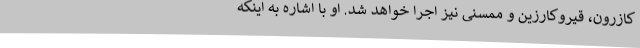
کازرون، قیروکارزین و ممسنی نیز اجرا خواهد شد. او با اشاره به اینکه